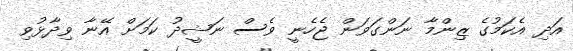
އަދި އެކަމުގެ ޒިންމާ ނަންގަވަން ޖެހެނީ ވެސް ނަޝީދު ކަމަށް އޭނާ ވިދާޅުވި